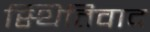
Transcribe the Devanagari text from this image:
स्थितिवाद